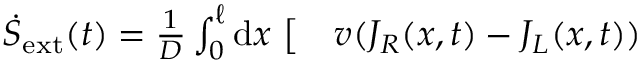
\begin{array} { r l } { \dot { S } _ { \mathrm { e x t } } ( t ) = \frac { 1 } { D } \int _ { 0 } ^ { \ell } \mathrm { d } x ~ \big [ } & { { } v ( J _ { R } ( x , t ) - J _ { L } ( x , t ) ) } \end{array}